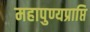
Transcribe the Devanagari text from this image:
महापुण्यप्राप्ति